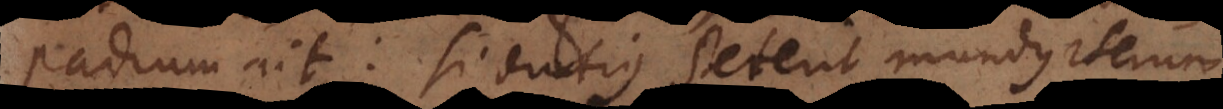
padium ait: si diutius steterit mundus iterum